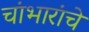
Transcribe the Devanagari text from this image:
चांभारांचे